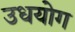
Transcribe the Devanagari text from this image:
उधयोग